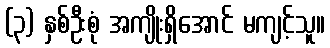
(၃) နှစ်ဦးစုံ အကျိုးရှိအောင် မကျင့်သူ။